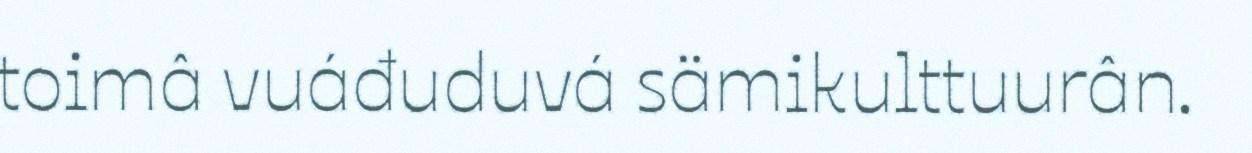
toimâ vuáđuduvá sämikulttuurân.